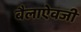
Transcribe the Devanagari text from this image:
बैलाऐवजी